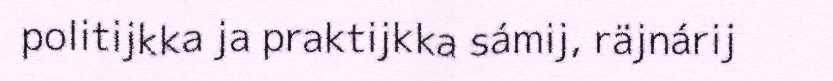
politijkka ja praktijkka sámij, räjnárij